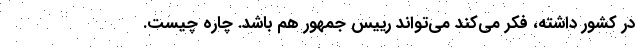
در کشور داشته، فکر می‌کند می‌تواند رییس جمهور هم باشد. چاره چیست.